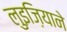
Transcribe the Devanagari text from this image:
लुइज़ियाने